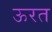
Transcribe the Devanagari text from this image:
ऊरत